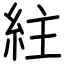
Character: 紸